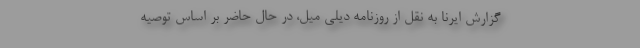
گزارش ایرنا به نقل از روزنامه دیلی میل، در حال حاضر بر اساس توصیه